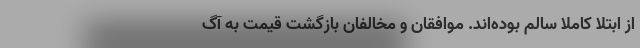
از ابتلا کاملا سالم بوده‌اند. موافقان و مخالفان بازگشت قیمت به آگ